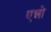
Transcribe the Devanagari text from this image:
एन्नो